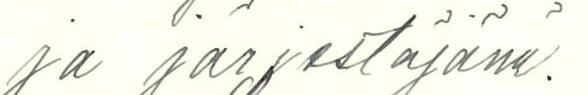
ja järjestäjänä.